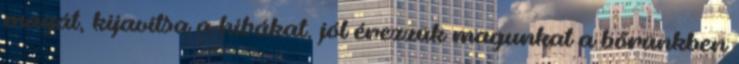
magát, kijavítsa a hibákat, jól érezzük magunkat a bőrünkben